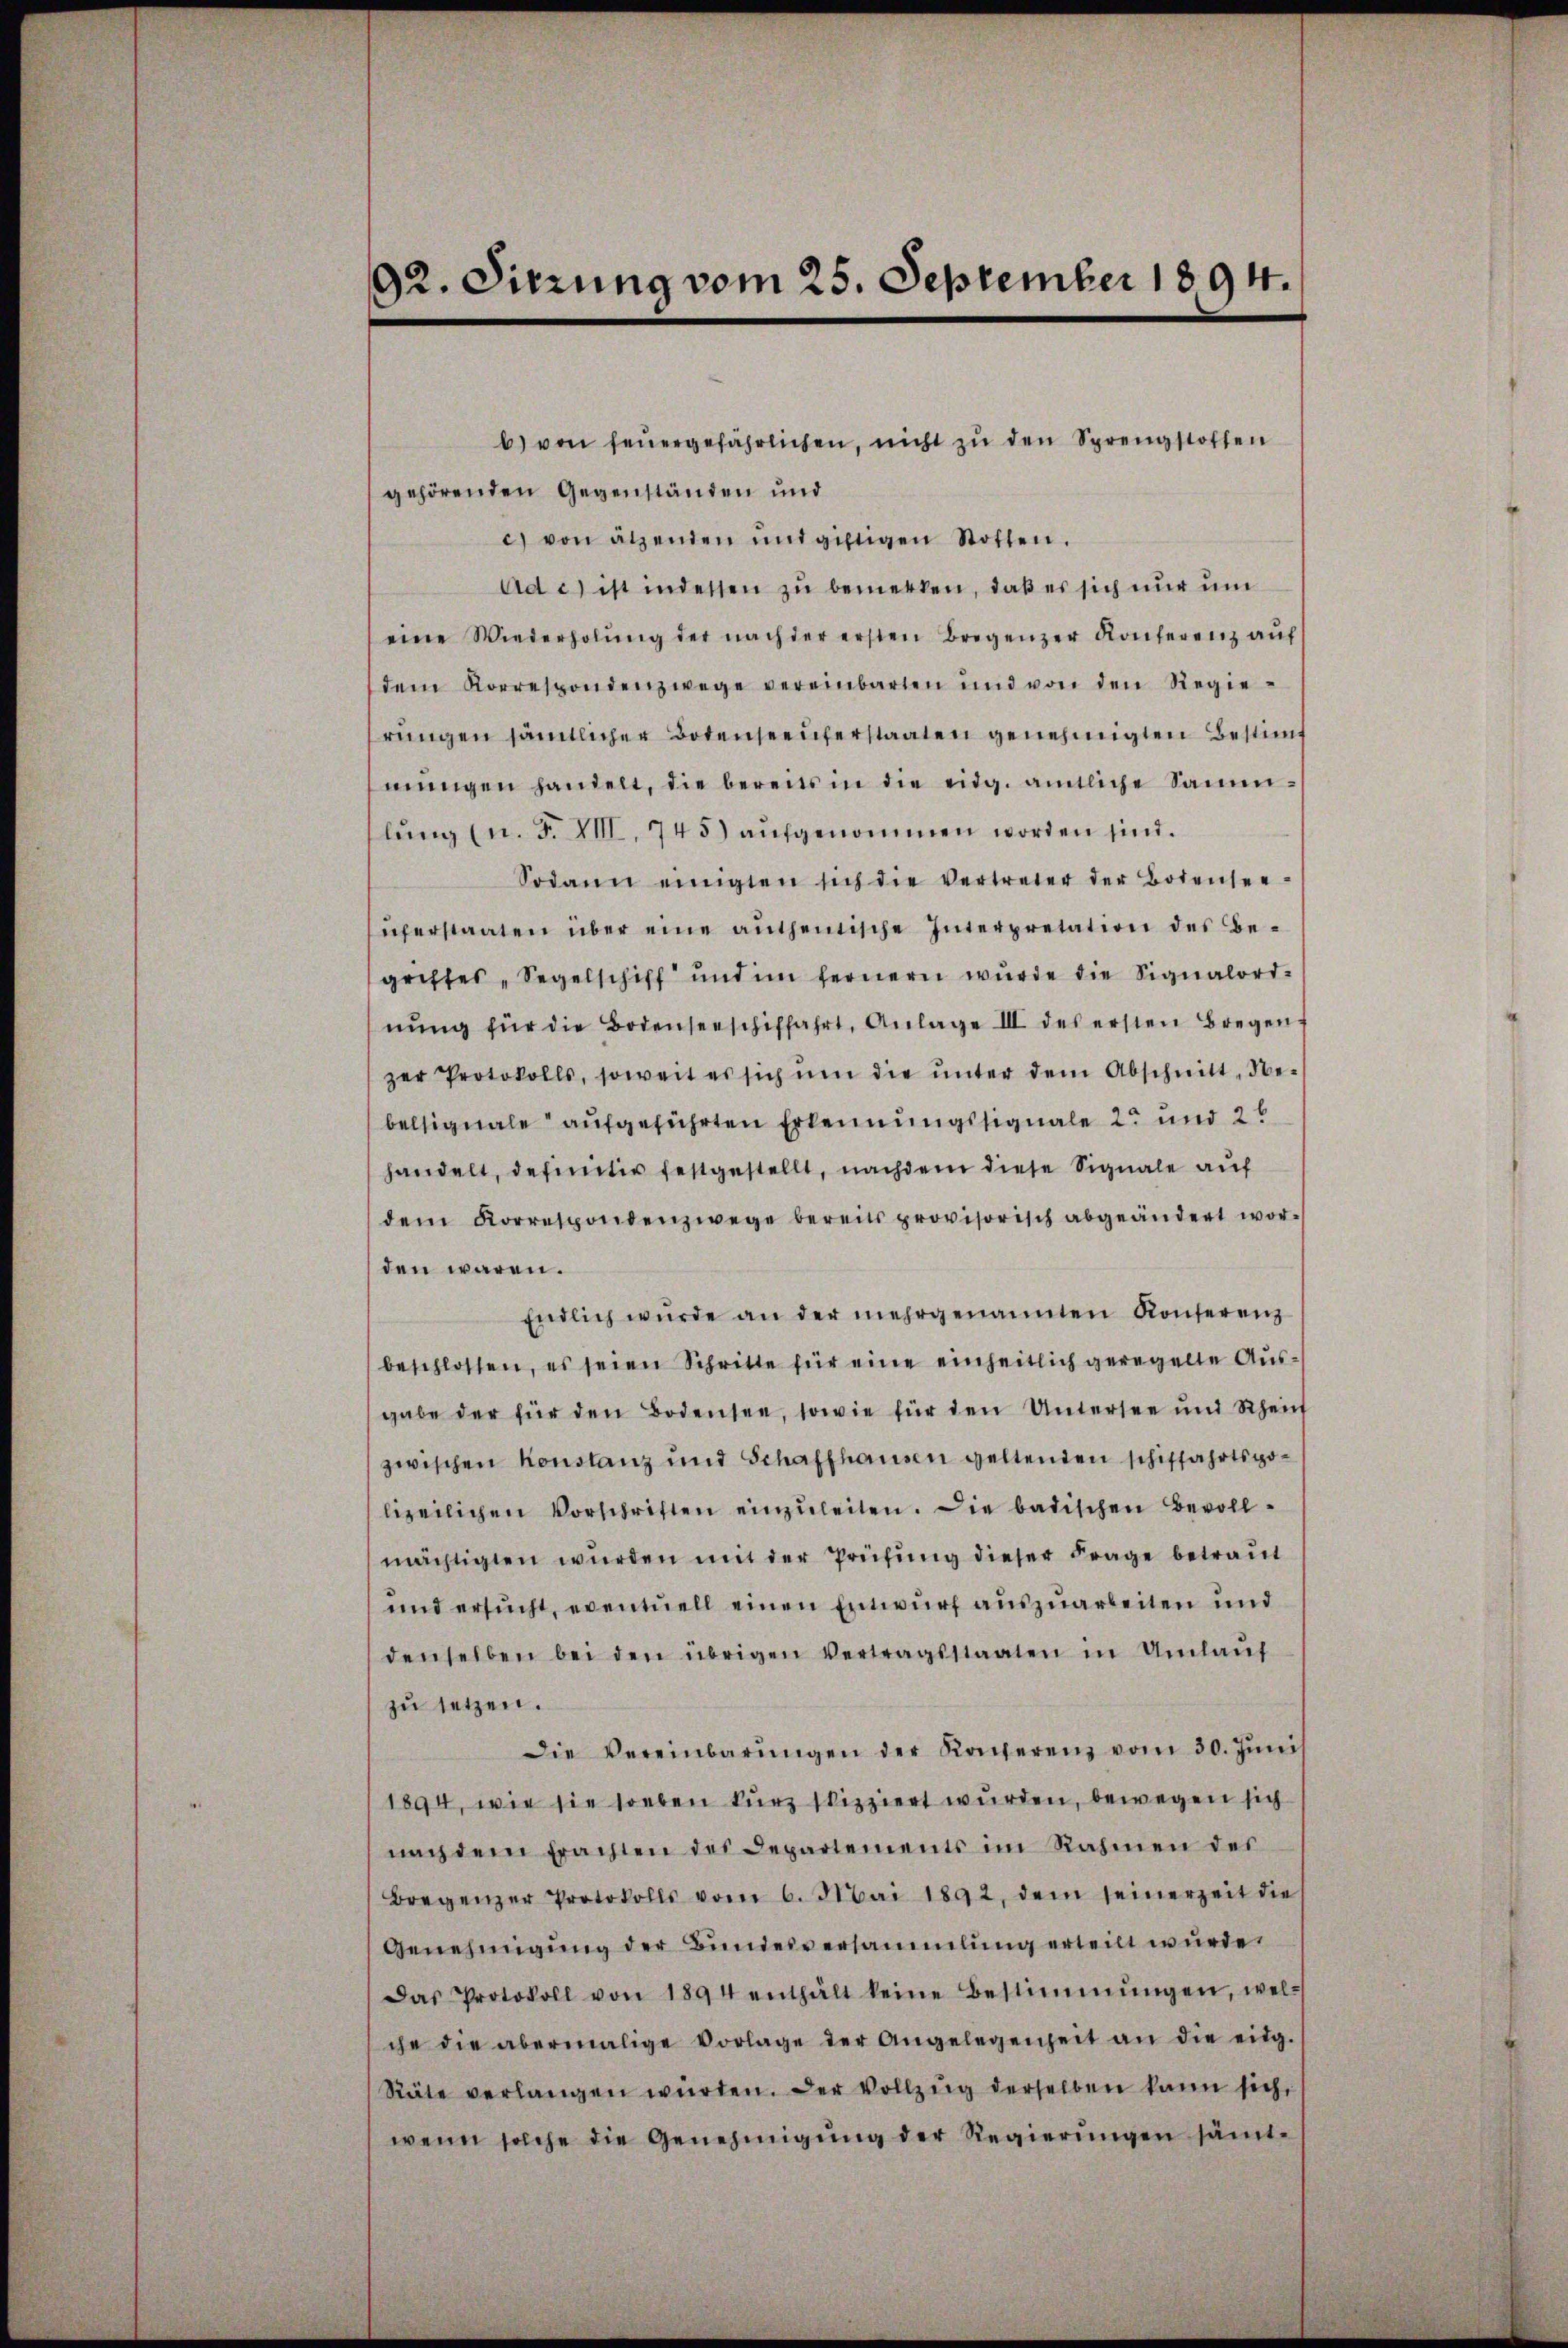
b) von feŭergefährlichen, nicht zu den Sprengstoffen
gehörenden Gegenständen und
c) von ätzenden ŭnd giftigen Stotten.
ad c.) ist indessen zu bemerken, daß es sich nur um
eine Wiederholŭng der nach der ersten Bregenzer Konferenz aŭf
dem Korrespondenzwege vereinbarten und von den Regie-
rŭngen sämtlicher Botenseeuferstaaten genehmigten Bestimmŭngen handelt, die bereits in die eidg. amtliche Sammlung u. F. VIII. 745) aufgenommen worden sind.
Sodann einigten sich die vertreter der Botensee
uferstaaten über eine authentische Interpretation des Begriffes „Segelschiff und im fernern wurde die Signalordnŭng für die Bodenseeschiffahrt, Anlage III des ersten Bregen-
zer Protokolls, soweit es sich ŭm die ŭnter dem Abschnitt, Ne-
belsignale aufgeführten Erkennungssignale 2 und 26
handelt, definitiv festgestellt, nachdem diese Signale auf
dem Korrespondenzwege bereits provisorisch abgeändert wor-
den wären.
Endlich wurde an der mehrgenannten Konferenz
beschlossen, es seien Schritte für eine einheitlich geregelte Ausgabe der für den Bodensee, sowie für den Untersee und Rhein
zwischen Konstanz und Schaffhausen geltenden schiffahrtspo-
lizeilichen Vorschriften einzŭleiten. Die badischen Bevoll-
mächtigten wurden mit der Prüfung dieser Frage betraut
und ersucht, eventuell einen Entwurf auszuarbeiten und
denselben bei den übrigen Vertragsstaaten in Umlaŭf
zu setzen.
Die Vereinbarŭngen der Konferenz vom 30. Jŭni
1894, wie sie soeben kurz skizziert wurden, bewegen sich
nach dem Erachten des Departements im Rahmen des
Bregenzer Protokolls vom 6. Mai 1892, dem seinerzeit die
Genehmigung der Bundesversammlung erteilt wurde.
Das Protokoll von 1894 enthält keine Bestimmungen, wel-
che die abermalige Vorlage der Angelegenheit an die eidg.
Räte verlangen würden. Der Vollzŭg derselben kann sich,
wenn solche die Genehmigŭng der Regierŭngen sämt-

92. Sitzung vom 25. September 1894.